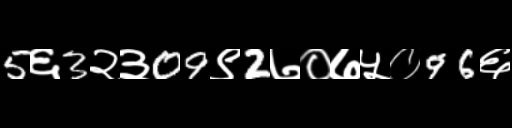
Text: 5६3२३09९2७०७५०96६